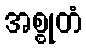
အစ္စုတံ